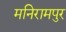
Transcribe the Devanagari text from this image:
मनिरामपुर